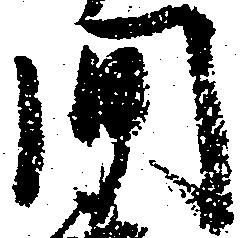
間